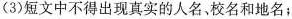
(3)短文中不得出现真实的人名、校名和地名；